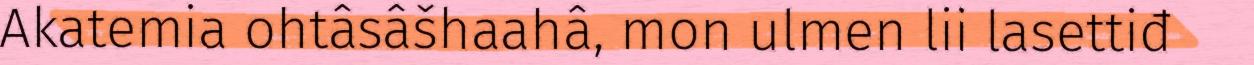
Akatemia ohtâsâšhaahâ, mon ulmen lii lasettiđ